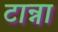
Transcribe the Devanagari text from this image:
टान्ना